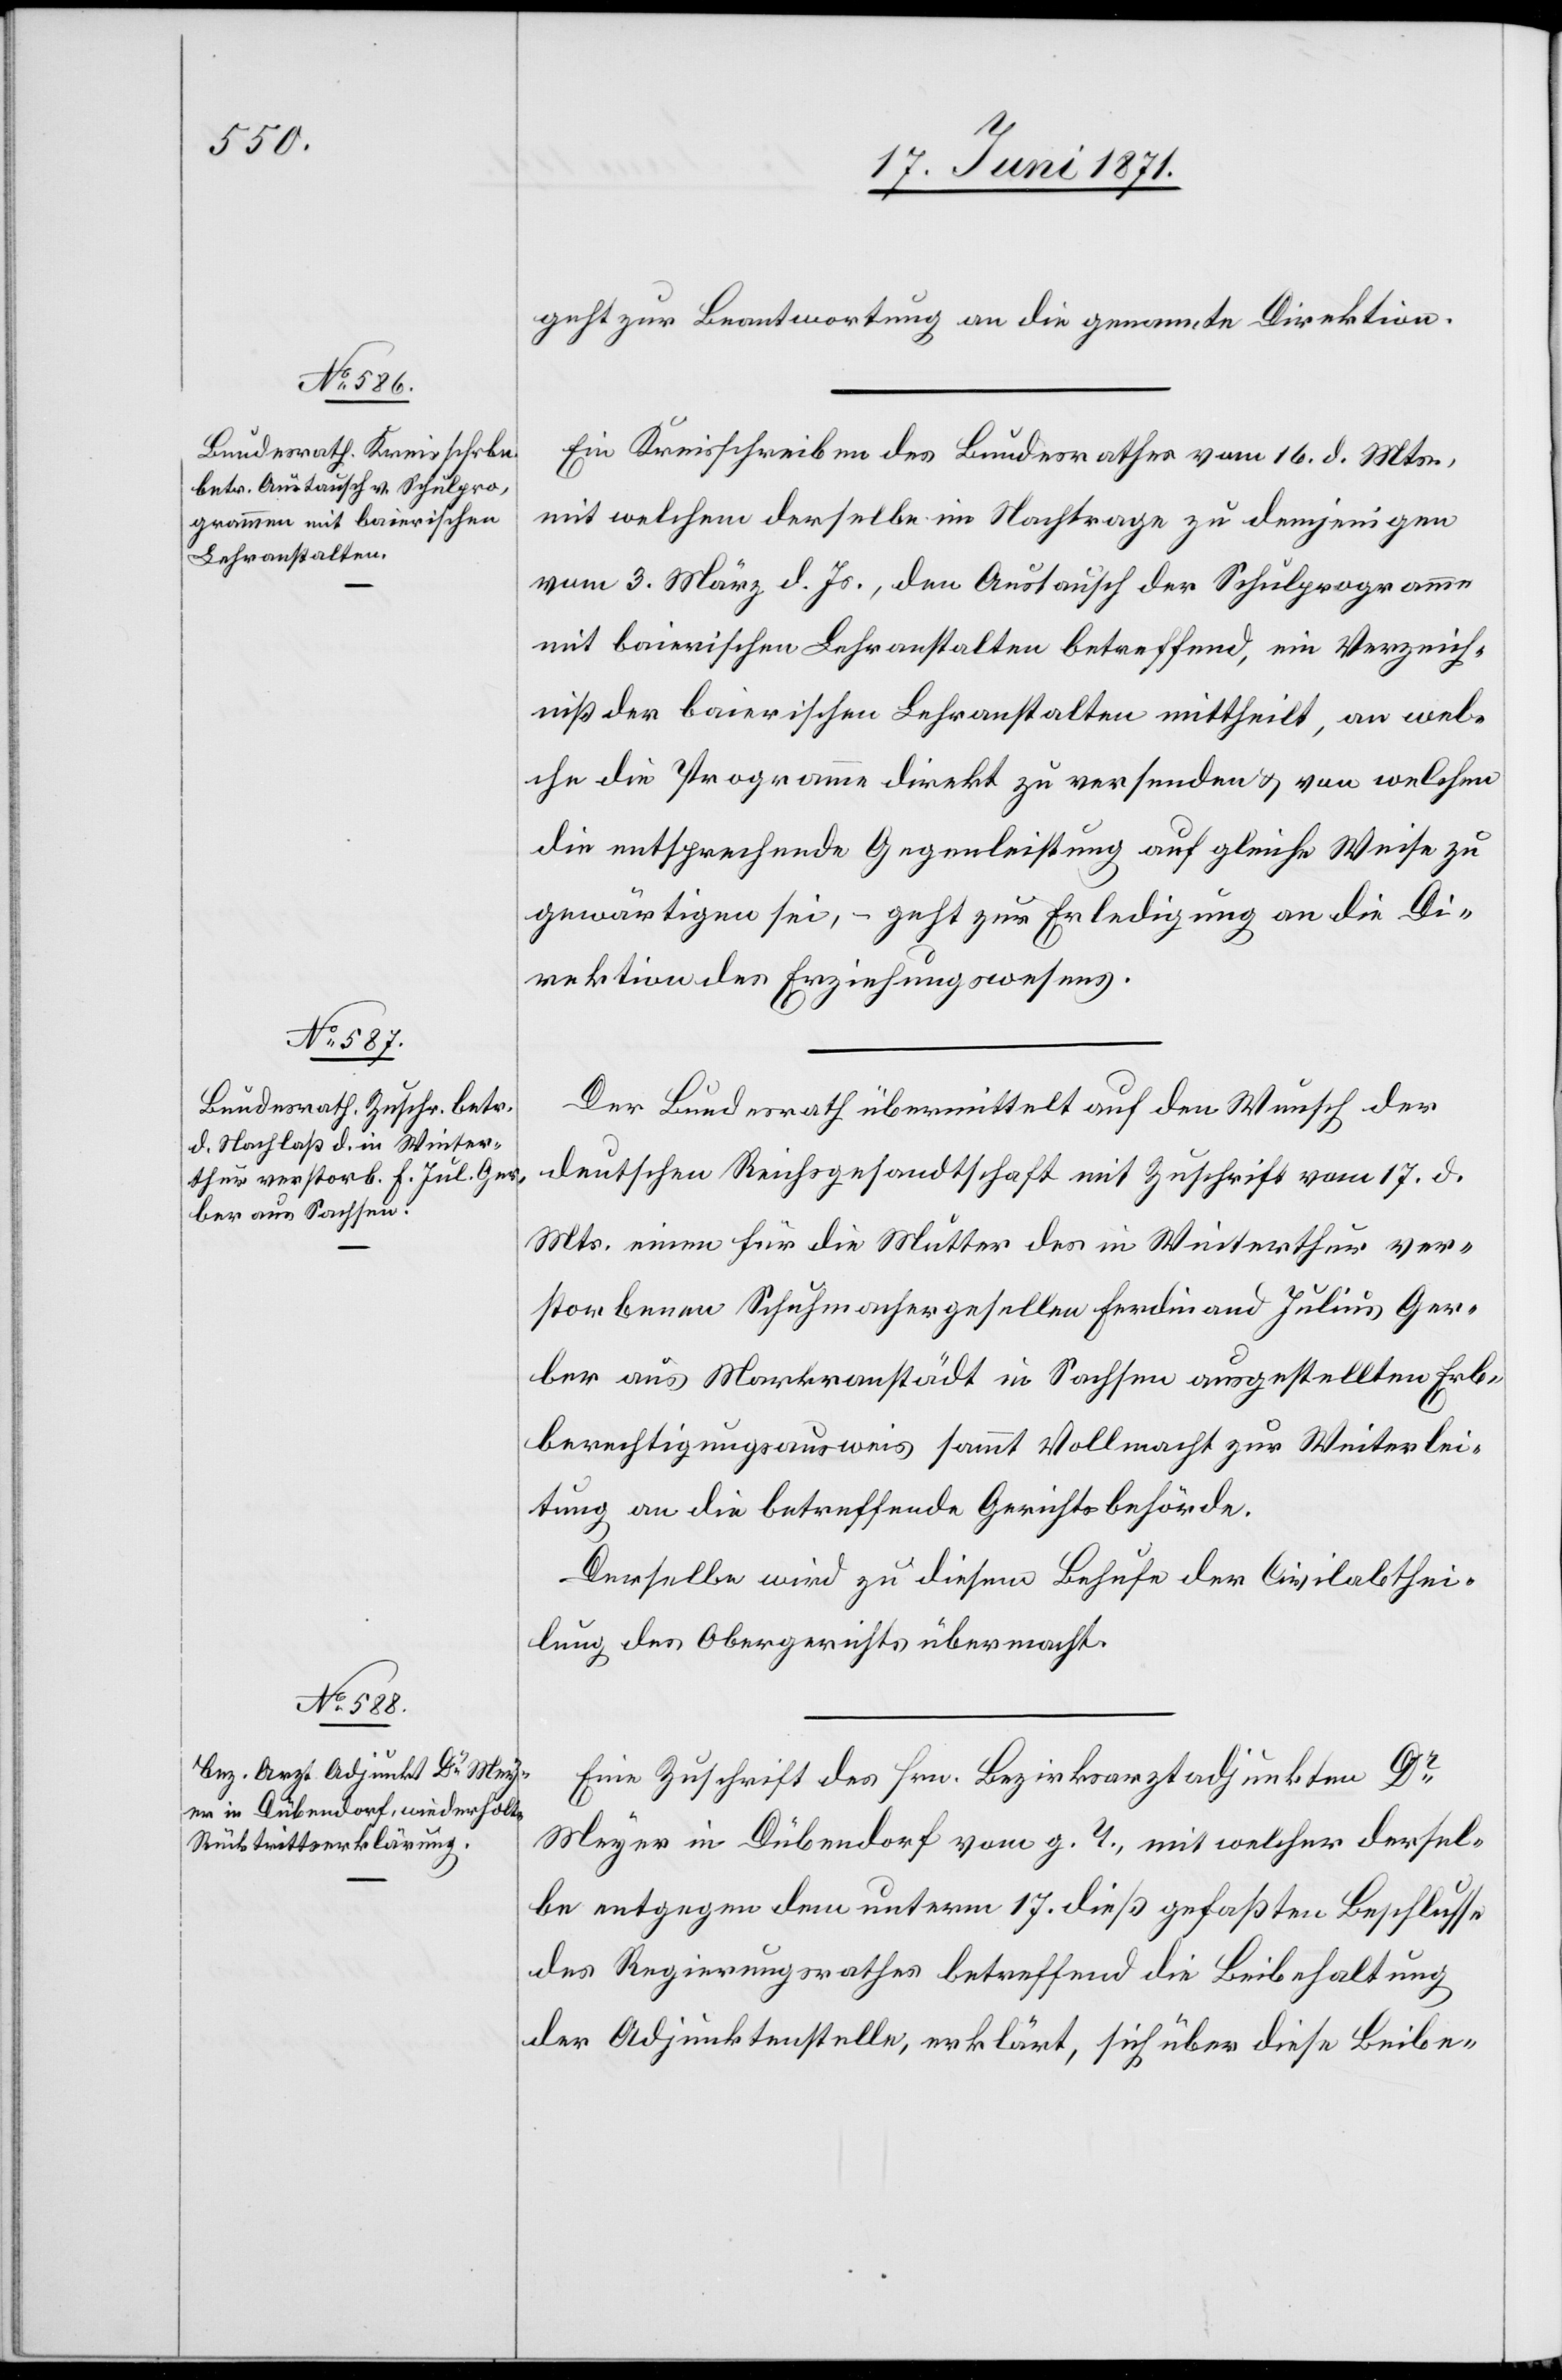
21. Juni 1871.]
geht zur Beantwortung an die genannte Direktion.
Ein Kreisschreiben des Bundesrathes vom 16. d. Mts.,
mit welchem derselbe im Nachtrage zu demjenigen
vom 3. März d. Js., den Austausch der Schulprogramme
mit baierischen Lehranstalten betreffend, ein Verzeich¬
niß der baierischen Lehranstalten mittheilt, an wel¬
che die Programme direkt zu versenden u. von welchem
die entsprechende Gegenleistung auf gleiche Weise zu
gewärtigen sei, – geht zur Erledigung an die Di¬
rektion des Erziehungswesens.
Der Bundesrath übermittelt auf den Wunsch der
deutschen Reichsgesandtschaft mit Zuschrift vom 17. d.
Mts. einen für die Mutter des in Winterthur ver¬
storbenen Schuhmachergesellen Ferdinand Julius Ger¬
ber aus Markranstädt in Sachsen ausgestellten Erb¬
berechtigungsausweis sammt Vollmacht zur Weiterlei¬
tung an die betreffende Gerichtsbehörde.
Derselbe wird zu diesem Behufe der Civilabthei¬
lung des Obergerichts übermacht.
Eine Zuschrift des Hrn. Bezirksarztadjunkten Dr.
Meyer in Dübendorf vom g. T., mit welcher dersel¬
be entgegen dem unterm 17. dieß gefaßten Beschlusse
des Regierungsrathes betreffend die Beibehaltung
der Adjunktenstelle, erklärt, sich über diese Beibe-